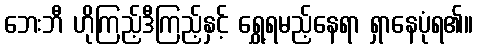
ဘေးဘီ ဟိုကြည့်ဒီကြည့်နှင့် ရွှေ့ရမည့်နေရာ ရှာနေပုံရ၏။